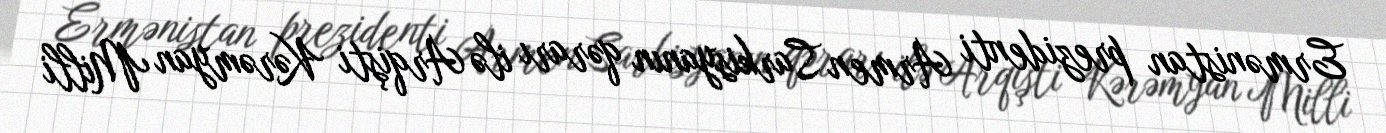
Ermənistan prezidenti Armen Sarkisyanın qərarı ilə Arqişti Kərəmyan Milli